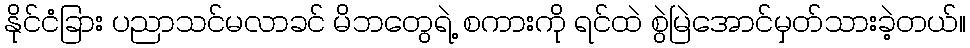
နိုင်ငံခြား ပညာသင်မလာခင် မိဘတွေရဲ့ စကားကို ရင်ထဲ စွဲမြဲအောင်မှတ်သားခဲ့တယ်။